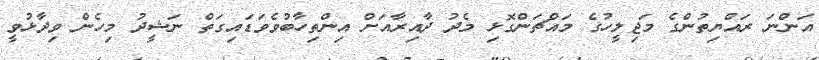
އަންނަ ރައްޔިތުންގެ މަޖިލީހުގެ މައްޗަންގޮޅި މެދު ދާއިރާއަށް އިންތިހާބުވެވަޑައިގަތް ނަޝީދު މިހެން ވިދާޅުވީ